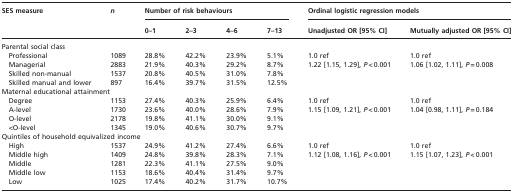
| <ROWSPAN=2> SES measure | <ROWSPAN=2> n | <COLSPAN=4> Number of risk behaviours | <COLSPAN=2> Ordinal logistic regression models |
 | 0–1 | 2–3 | 4–6 | 7–13 | Unadjusted OR [95% CI] | Mutually adjusted OR [95% CI] |
 | --- | --- | --- | --- | --- | --- | --- | --- |
 | <COLSPAN=8> Parental social class |
 | Professional | 1089 | 28.8% | 42.2% | 23.9% | 5.1% | 1.0 ref | 1.0 ref |
 | Managerial | 2883 | 21.9% | 40.3% | 29.2% | 8.7% | <ROWSPAN=3> 1.22 [1.15, 1.29], P < 0.001 | <ROWSPAN=3> 1.06 [1.02, 1.11], P = 0.008 |
 | Skilled non-manual | 1537 | 20.8% | 40.5% | 31.0% | 7.8% |
 | Skilled manual and lower | 897 | 16.4% | 39.7% | 31.5% | 12.5% |
 | <COLSPAN=8> Maternal educational attainment |
 | Degree | 1153 | 27.4% | 40.3% | 25.9% | 6.4% | 1.0 ref | 1.0 ref |
 | A-level | 1730 | 23.6% | 40.0% | 28.6% | 7.9% | <ROWSPAN=3> 1.15 [1.09, 1.21], P < 0.001 | <ROWSPAN=3> 1.04 [0.98, 1.11], P = 0.184 |
 | O-level | 2178 | 19.8% | 41.1% | 30.0% | 9.1% |
 | <O-level | 1345 | 19.0% | 40.6% | 30.7% | 9.7% |
 | <COLSPAN=8> Quintiles of household equivalized income |
 | High | 1537 | 24.9% | 41.2% | 27.4% | 6.6% | 1.0 ref | 1.0 ref |
 | Middle high | 1409 | 24.8% | 39.8% | 28.3% | 7.1% | <ROWSPAN=4> 1.12 [1.08, 1.16], P < 0.001 | <ROWSPAN=4> 1.15 [1.07, 1.23], P < 0.001 |
 | Middle | 1281 | 22.3% | 41.1% | 27.5% | 9.0% |
 | Middle low | 1153 | 18.6% | 40.4% | 31.4% | 9.7% |
 | Low | 1025 | 17.4% | 40.2% | 31.7% | 10.7% |